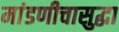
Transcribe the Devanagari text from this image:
मांडणीचासुद्धा